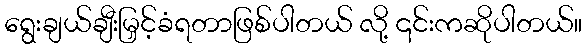
ရွေးချယ်ချီးမြှင့်ခံရတာဖြစ်ပါတယ် လို့ ၎င်းကဆိုပါတယ်။